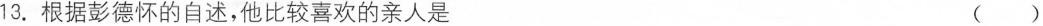
13.根据彭德怀的自述，他比较喜欢的亲人是 ()